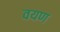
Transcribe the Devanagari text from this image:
वयण